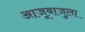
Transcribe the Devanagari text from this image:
आजूबाजुला